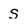
Character: S